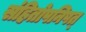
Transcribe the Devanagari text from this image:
संहितोपनिषत्